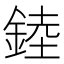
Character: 錴